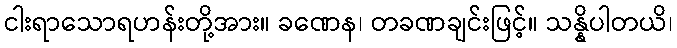
ငါးရာသောရဟန်းတို့အား။ ခဏေန၊ တခဏချင်းဖြင့်။ သန္နိပါတယိ၊